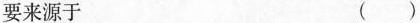
要来源于 ( )